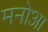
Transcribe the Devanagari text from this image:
मनोआ